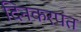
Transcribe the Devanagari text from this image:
दिनकरपंत